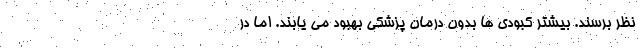
نظر برسند. بیشتر کبودی ها بدون درمان پزشکی بهبود می یابند. اما در